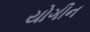
યોગીન